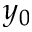
y _ { 0 }